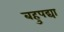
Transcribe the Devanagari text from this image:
बहुपद्या